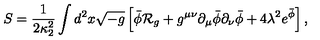
S = { \frac { 1 } { 2 \kappa _ { 2 } ^ { 2 } } } \int d ^ { 2 } x \sqrt { - g } \left[ \bar { \phi } { \cal R } _ { g } + g ^ { \mu \nu } \partial _ { \mu } \bar { \phi } \partial _ { \nu } \bar { \phi } + 4 \lambda ^ { 2 } e ^ { \bar { \phi } } \right] ,